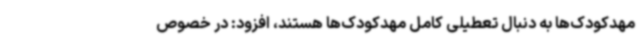
مهدکودک‌ها به دنبال تعطیلی کامل مهدکودک‌ها هستند، افزود: در خصوص